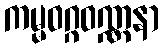
ကမ္မဝဂ္ဂဝဏ္ဏနာ